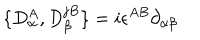
LaTeX: \{ D _ { \alpha } ^ { A } , D _ { \beta } ^ { j B } \} = i \epsilon ^ { A B } \partial _ { \alpha \beta }